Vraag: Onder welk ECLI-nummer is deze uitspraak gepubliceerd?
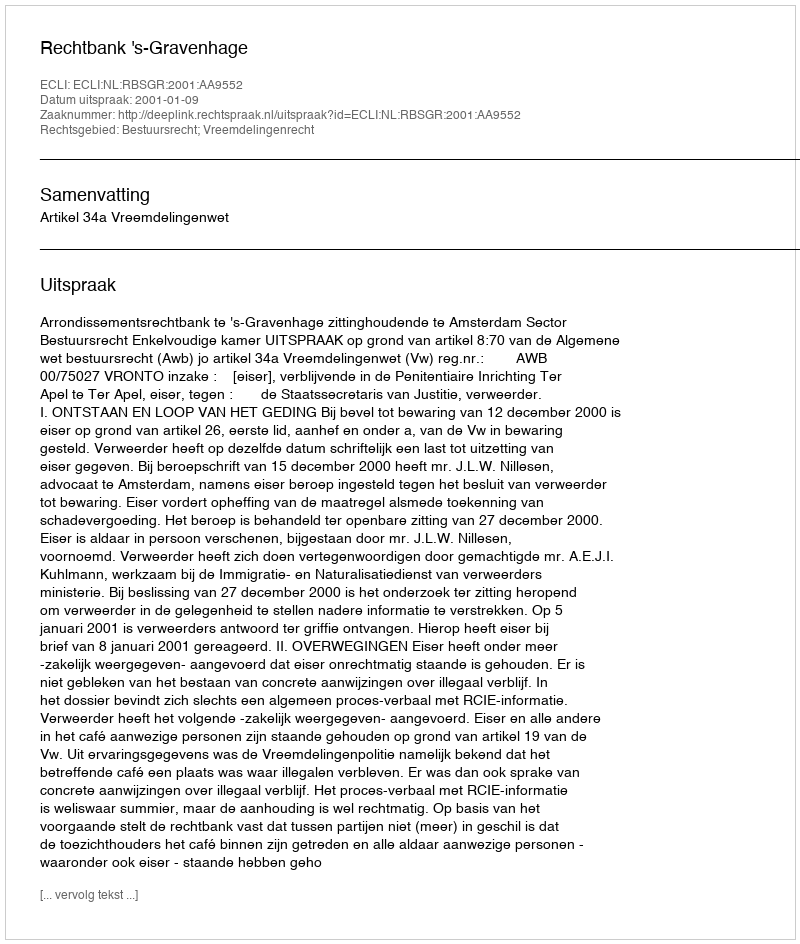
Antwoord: ECLI:NL:RBSGR:2001:AA9552